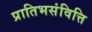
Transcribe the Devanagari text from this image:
प्रातिभसंवित्ति